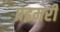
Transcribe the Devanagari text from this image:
प्रइमरी